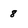
Character: 8